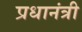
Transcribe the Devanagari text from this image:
प्रधानंत्री